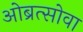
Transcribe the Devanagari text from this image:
ओब्रत्सोवा